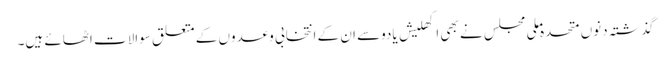
گذشتہ دنوں متحدہ ملی مجلس نے بھی اکھلیش یادوسے ان کے انتخابی وعدوں کے متعلق سوالات اٹھائے ہیں۔